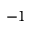
- 1